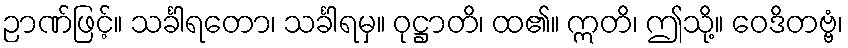
ဉာဏ်ဖြင့်။ သင်္ခါရတော၊ သင်္ခါရမှ။ ဝုဋ္ဌာတိ၊ ထ၏။ ဣတိ၊ ဤသို့။ ဝေဒိတဗ္ဗံ၊